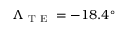
\Lambda _ { \mathrm { ~ T ~ E ~ } } = - 1 8 . 4 ^ { \circ }